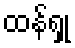
ထန်ရှု